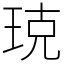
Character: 𤥣